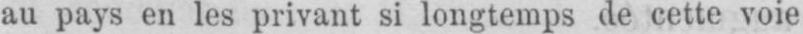
au pays en les privant si longtemps de cette voie